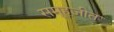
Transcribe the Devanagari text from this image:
समूहजीत